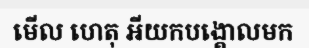
មើល ហេតុ អីយកបង្គោលមក